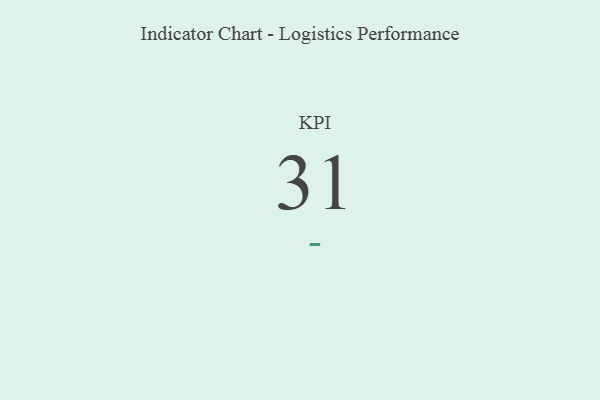
{"axis": {"x": "KPI", "y": "Value"}, "legend": [""], "data": [{"x": "KPI", "y": 31, "type": ""}]}